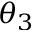
\theta _ { 3 }